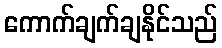
ကောက်ချက်ချနိုင်သည်